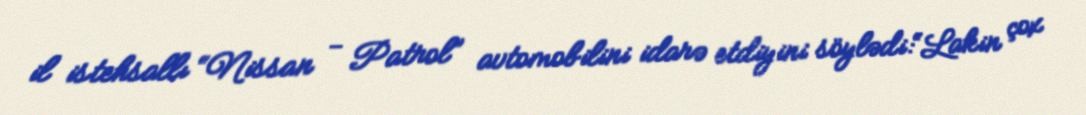
il istehsallı “Nissan - Patrol” avtomobilini idarə etdiyini söylədi:“Lakin çox